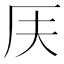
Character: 𠨶